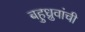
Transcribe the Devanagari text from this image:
बहुध्रुवांची